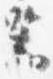
器